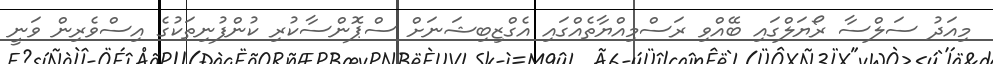
މިއަދު ސަލްސާ ރޯޔަލްގައި ބޭއްވި ރަސްމިއްޔާތެއްގައި އެގްޒިބިޝަނަށް ސްޕޮންސާކުރި ކުންފުނިތަކުގެ އިސްވެރިން ވަނީ